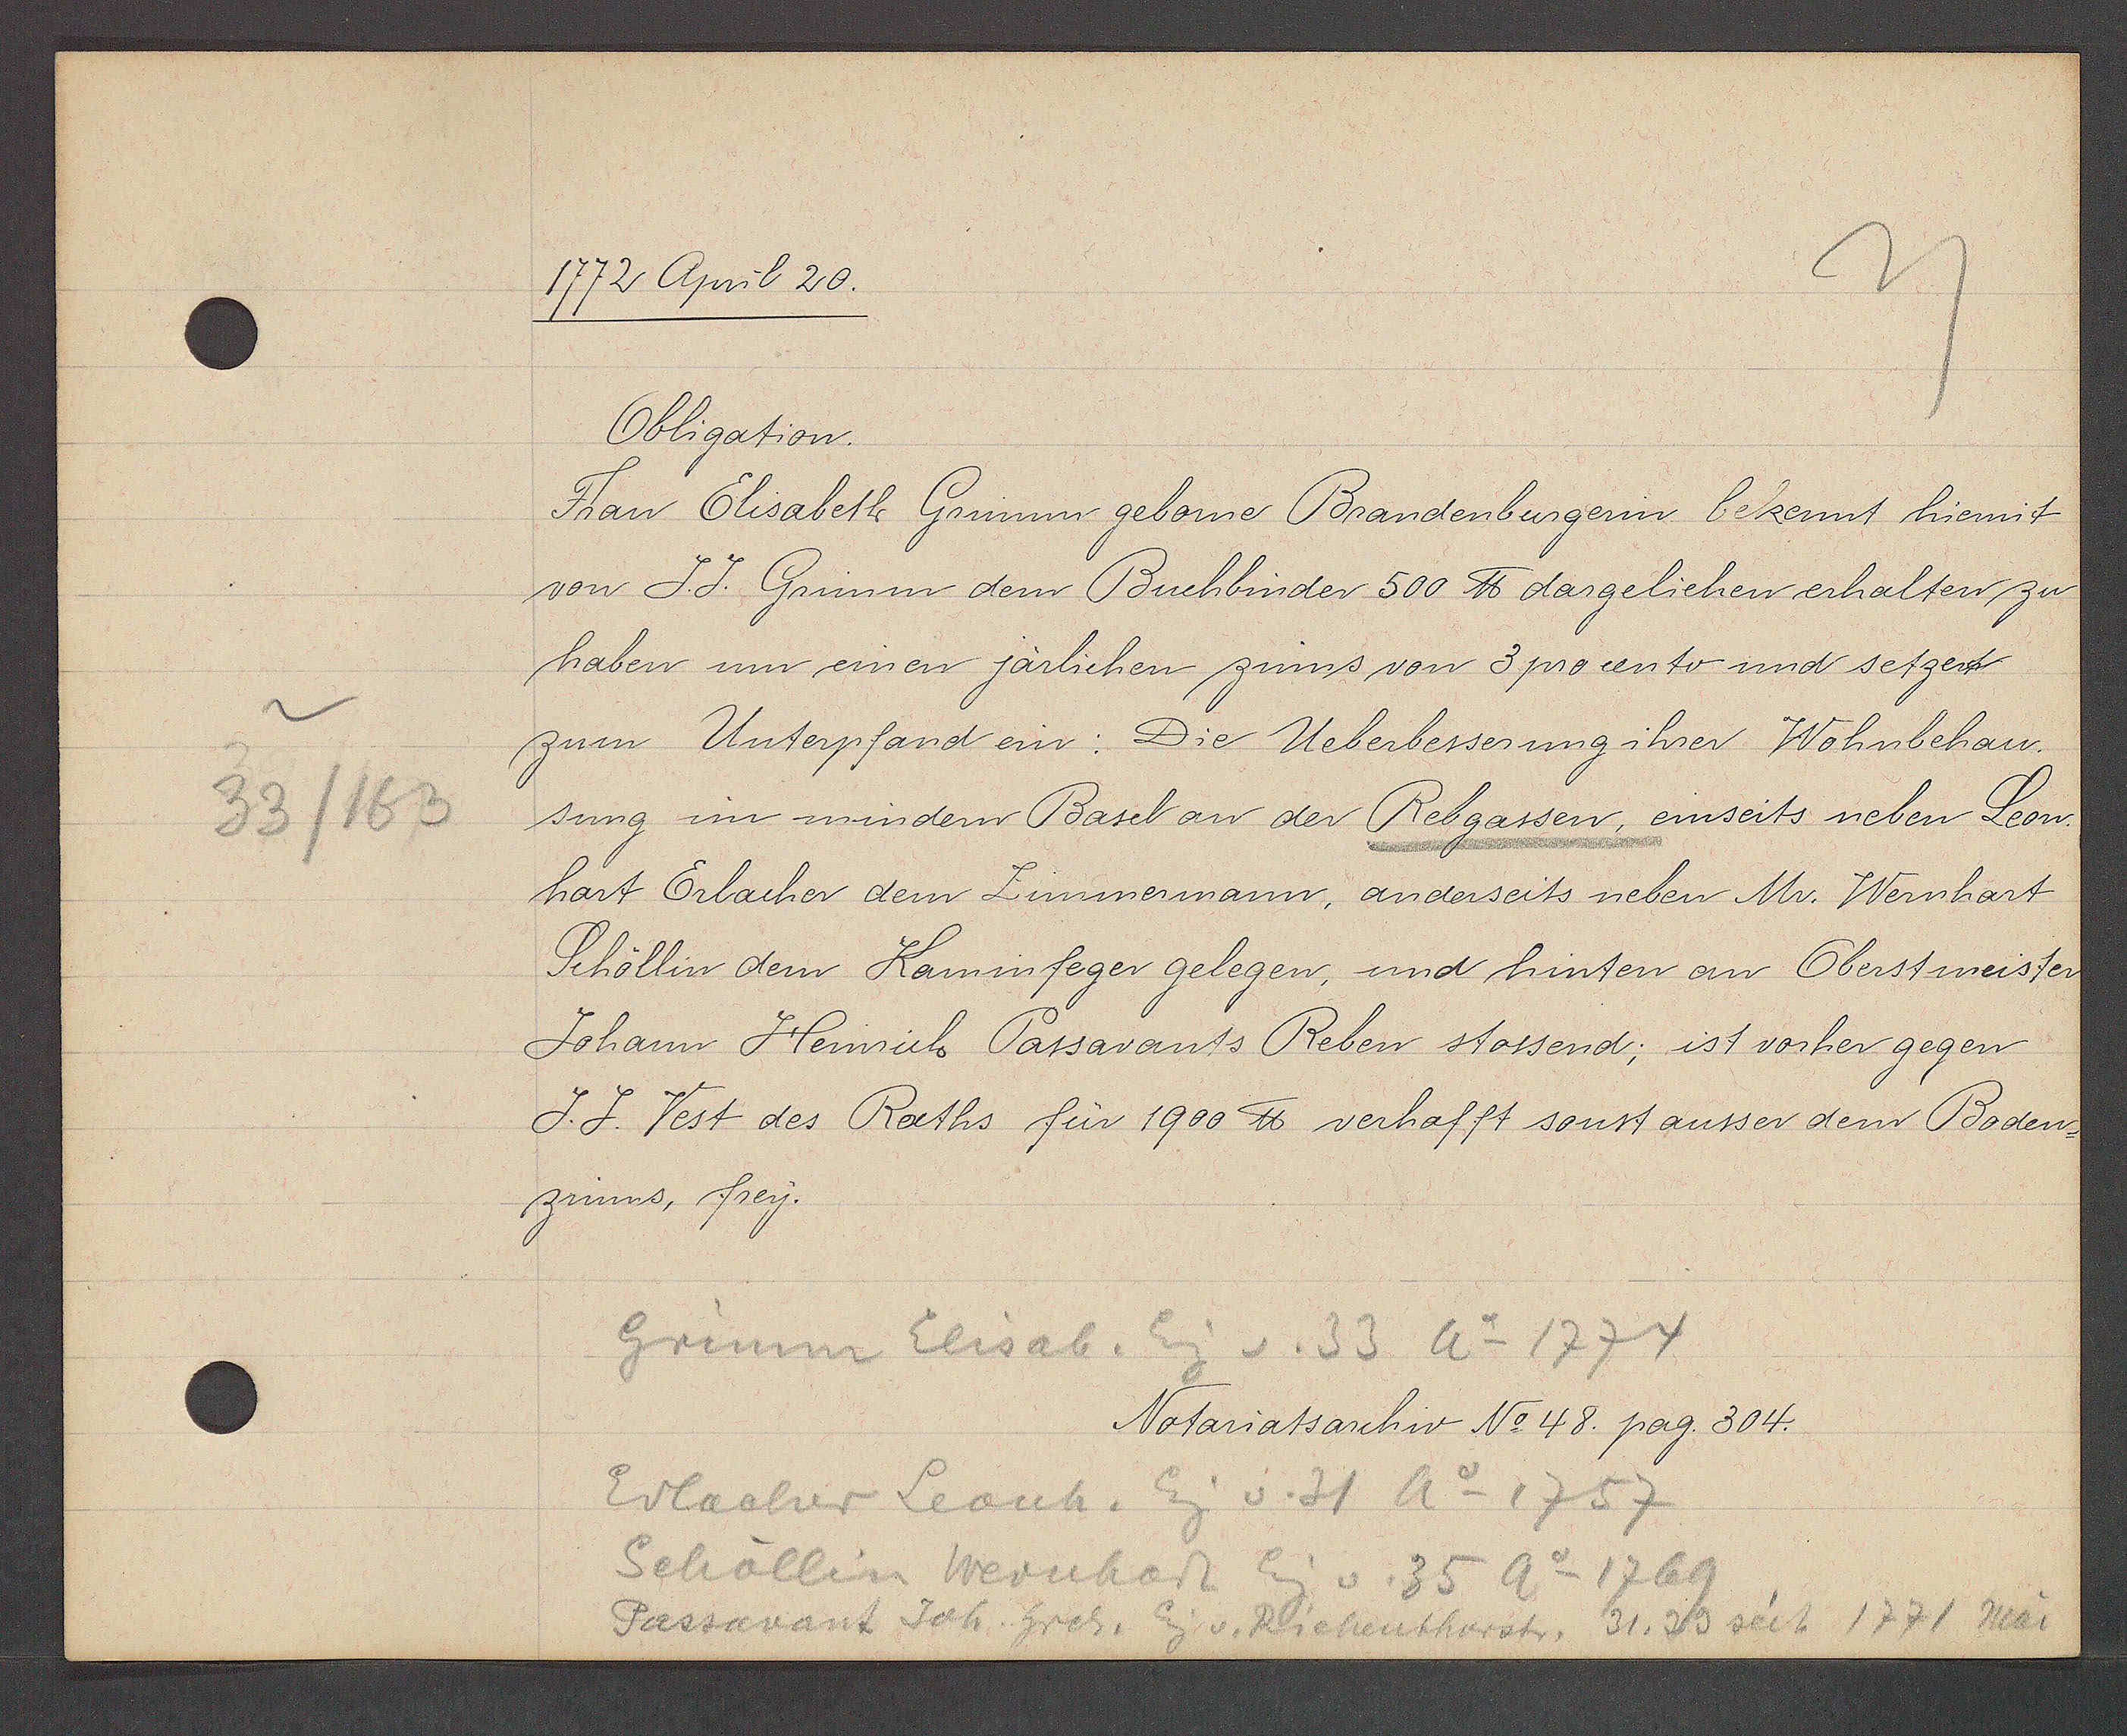
Transcript:
33/163

1772 April 20.

Obligation.
Frau Elisabeth Grimm geborne Brandenburgerin bekennt hiermit
von J.J. Grimm dem Buchbinder 500 ℔ dargeliehen erhalten zu
haben um einen järlichen zinns von 3 procento und setzet
zum Unterpfand ein: Die Ueberbesserung ihrer Wohnbehau¬
sung im mindern Basel an der Rebgassen, einseits neben Leon¬
hart Erlacher dem Zimmermann, anderseits neben Mr. Wernhart
Schöllin dem Kaminfeger gelegen, und hinten an Oberstmeister
Johann Heinrich Passavants Reben stossend; ist vorher gegen
J. J. Vest des Raths für 1900 ℔ verhafft sonst ausser dem Boden-
zinns, frey.

Grimm Elisab. Eig v. 33 Ao 1774
Erlacher Leonh. Eig v. 31 Ao 1757
Schöllin Wernhart Eig v. 35 Ao 1769
Passavant Joh. hrch. Eig v. Riehenthorst. 31, 39 seit 1771 mai

Notariatsarchiv No 48. pag. 304.